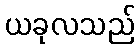
ယခုလသည်